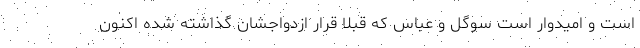
است و امیدوار است سوگل و عباس که قبلا قرار ازدواجشان گذاشته شده اکنون